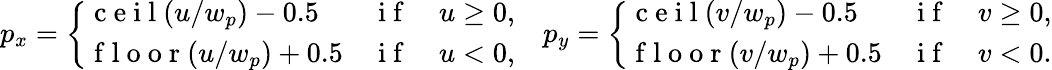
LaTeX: p_{x}=\left\{ \begin{array}{ll}{\mathrm{~c~e~i~l~}(u/w_{p})-0.5}&{\mathrm{~i~f~}\quad u\geq 0,}\\ {\mathrm{~f~l~o~o~r~}(u/w_{p})+0.5}&{\mathrm{~i~f~}\quad u<0,}\end{array}\right.\quad p_{y}=\left\{ \begin{array}{ll}{\mathrm{~c~e~i~l~}(v/w_{p})-0.5}&{\mathrm{~i~f~}\quad v\geq 0,}\\ {\mathrm{~f~l~o~o~r~}(v/w_{p})+0.5}&{\mathrm{~i~f~}\quad v<0.}\end{array}\right.